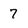
Character: 7